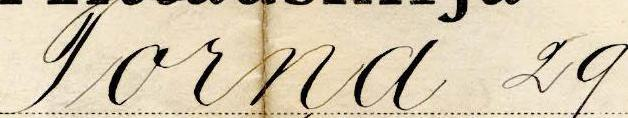
Torna 29